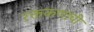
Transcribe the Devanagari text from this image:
रक्तकणांची